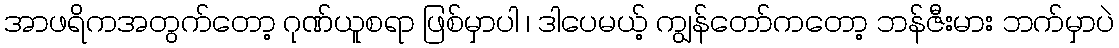
အာဖရိကအတွက်တော့ ဂုဏ်ယူစရာ ဖြစ်မှာပါ ၊ ဒါပေမယ့် ကျွန်တော်ကတော့ ဘန်ဇီးမား ဘက်မှာပဲ